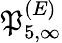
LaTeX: \mathfrak{P}_{5,\infty}^{(E)}